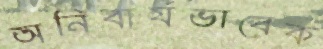
অনিবার্যভাবেক